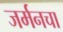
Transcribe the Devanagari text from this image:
जर्मनचा